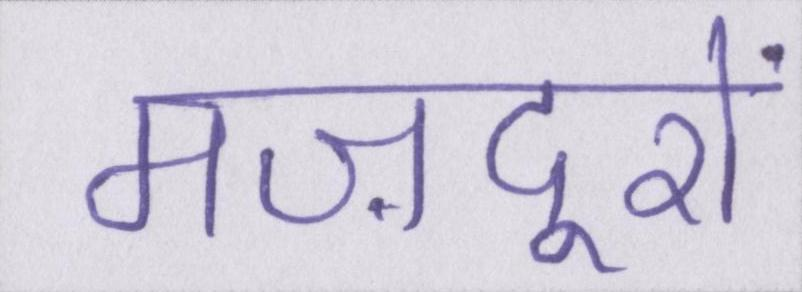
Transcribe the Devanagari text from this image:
मज़दूरों